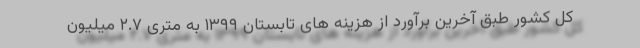
کل کشور طبق آخرین برآورد از هزینه های تابستان ۱۳۹۹ به متری ۲.۷ میلیون